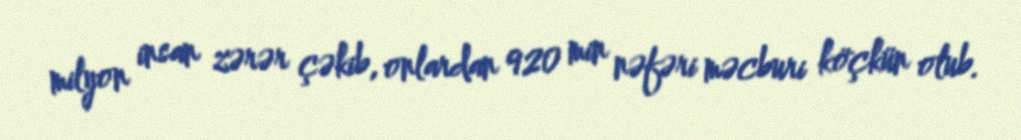
milyon insan zərər çəkib, onlardan 920 min nəfəri məcburi köçkün olub.